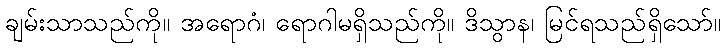
ချမ်းသာသည်ကို။ အရောဂံ၊ ရောဂါမရှိသည်ကို။ ဒိသွာန၊ မြင်ရသည်ရှိသော်။